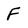
Character: F